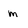
Character: m